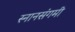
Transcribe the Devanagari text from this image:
स्नानसंगमी